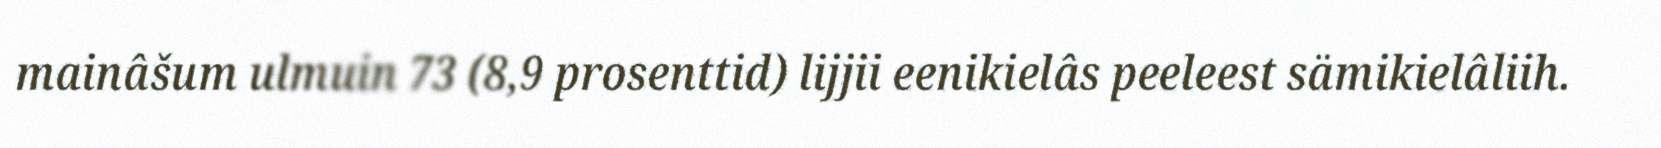
mainâšum ulmuin 73 (8,9 prosenttid) lijjii eenikielâs peeleest sämikielâliih.